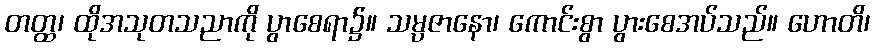
တတ္ထ၊ ထိုအသုတသညာကို ပွာစေရာ၌။ သမ္ပဇာနော၊ ကောင်းစွာ ပွားစေအပ်သည်။ ဟောတိ၊